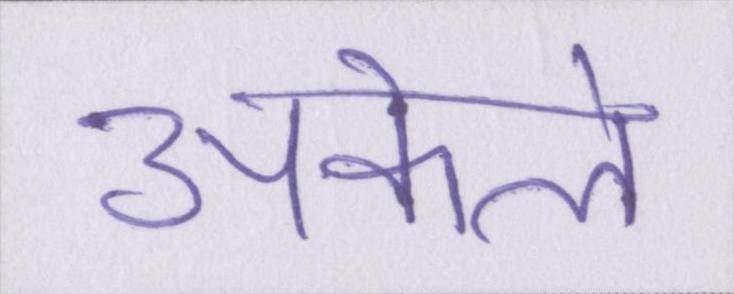
अकेले